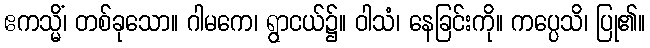
ဧကသ္မိံ၊ တစ်ခုသော။ ဂါမကေ၊ ရွာငယ်၌။ ဝါသံ၊ နေခြင်းကို။ ကပ္ပေသိ၊ ပြု၏။